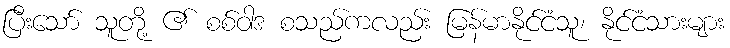
ပြီးသော် သူတို့ ၏ စစ်ဝါဒ စသည်ကလည်း မြန်မာနိုင်ငံသူ၊ နိုင်ငံသားများ